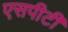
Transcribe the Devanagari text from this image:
एसपीटी